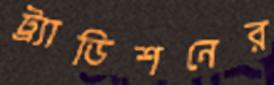
ট্র্যাডিশনের